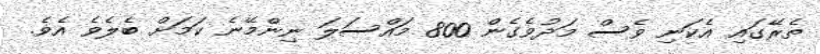
ތެރޭގައި އެކަނި ވެސް މަދުވެގެން 800 މައްސަލަ ނިންމޭނެ ކަމަށް ބެލެވެ އެވެ.